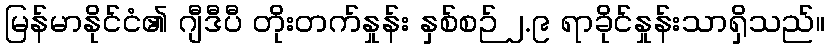
မြန်မာနိုင်ငံ၏ ဂျီဒီပီ တိုးတက်နှုန်း နှစ်စဉ် ၂.၉ ရာခိုင်နှုန်းသာရှိသည်။